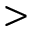
>